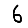
Digit: 6